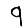
Digit: 9